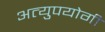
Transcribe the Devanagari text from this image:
अत्युपयोगी